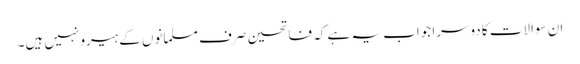
ان سوالات کا دوسرا جواب یہ ہے کہ فاتحین صرف مسلمانوں کے ہیرو نہیں ہیں۔